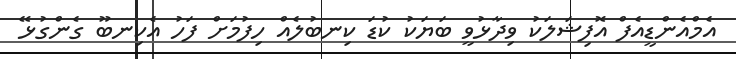
އެމްއެންޑީއެފް އޮފިޝަލަކު ވިދާޅުވީ ބަޔަކު ކުޑަ ކިނބުލެއް ހިފުމަށް ފަހު އެކިނބޫ ގެންގުޅޭ